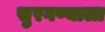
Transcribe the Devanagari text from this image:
सुरगण्याला